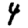
Digit: 4